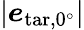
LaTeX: |\boldsymbol{e}_{\mathrm{tar},0^{\circ}}|